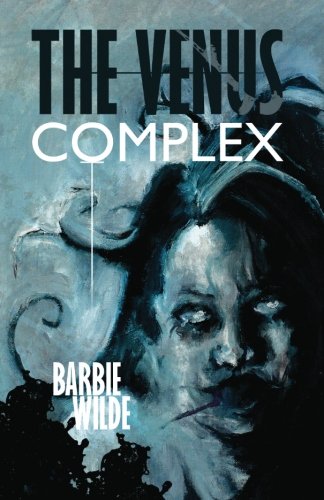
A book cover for The Venus Complex; Barbie Wilde; Romance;